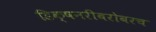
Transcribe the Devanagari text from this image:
डिक्षनरीबरोबरच